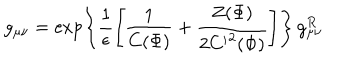
g _ { \mu \nu } = \exp \left\{ \frac { 1 } { \epsilon } \left[ \frac { 1 } { C ( \Phi ) } + \frac { Z ( \Phi ) } { 2 { C ^ { \prime } } ^ { 2 } ( \Phi ) } \right] \right\} \, g _ { \mu \nu } ^ { R }